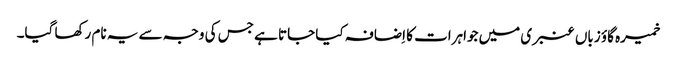
خمیرہ گاؤ زباں عنبری میں جواہرات کا اِضافہ کیا جاتا ہے جس کی وجہ سے یہ نام رکھا گیا۔